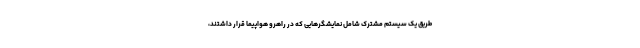
طریق یک سیستم مشترک شامل نمایشگرهایی که در راهرو هواپیما قرار داشتند،